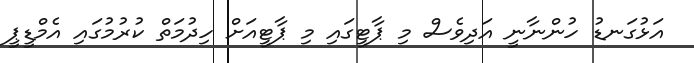
އަޅުގަނޑު ހުންނާނީ އަދިވެސް މި ޕާޓީގައި މި ޕާޓީއަށް ހިދުމަތް ކުރުމުގައި އެމްޑީޕީ